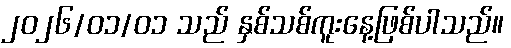
၂၀၂၆/၀၁/၀၁ သည် နှစ်သစ်ကူးနေ့ဖြစ်ပါသည်။